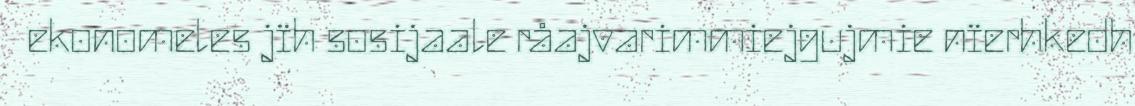
ekonomeles jïh sosijaale råajvarimmiejgujmie nïerhkedh